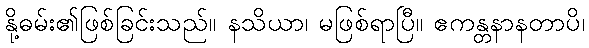
နို့ဓမ်း၏ဖြစ်ခြင်းသည်။ နသိယာ၊ မဖြစ်ရာပြီ။ ဧကန္တနာနတာပိ၊